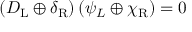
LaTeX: \left( D _ { \mathrm { { L } } } \oplus \delta _ { \mathrm { { R } } } \right) \left( \psi _ { L } \oplus \chi _ { \mathrm { { R } } } \right) = 0